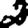
Digit: 2